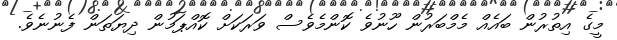
މީގެ އިތުރުން ބައެއް މެމްބަރުން ހޫނުވެ ކޮންމެވެސް ވަރަކަށް ކޮއްޕަމުން ދިޔަތަން ފެނުނެވެ.